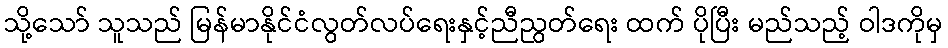
သို့သော် သူသည် မြန်မာနိုင်ငံလွတ်လပ်ရေးနှင့်ညီညွတ်ရေး ထက် ပိုပြီး မည်သည့် ဝါဒကိုမှ